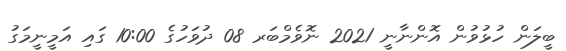
ބީލަން ހުޅުވުން އޮންނާނީ 2021 ނޮވެމްބަރ 08 ދުވަހުގެ 10:00 ގައި އަމީނީމަގު